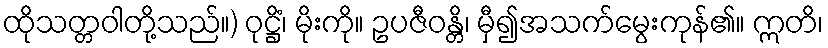
ထိုသတ္တဝါတို့သည်။) ဝုဋ္ဌိံ၊ မိုးကို။ ဥပဇီဝန္တိ၊ မှီ၍အသက်မွေးကုန်၏။ ဣတိ၊